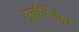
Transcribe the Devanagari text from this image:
पूर्वविजेता